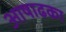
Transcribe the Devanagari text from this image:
आषाढका